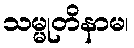
သမ္မုတိနာမ၊